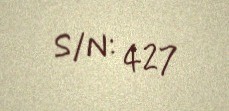
S/N: 427